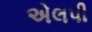
એલપી